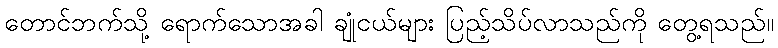
တောင်ဘက်သို့ ရောက်သောအခါ ချုံငယ်များ ပြည့်သိပ်လာသည်ကို တွေ့ရသည်။